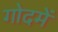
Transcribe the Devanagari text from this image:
गोदमें